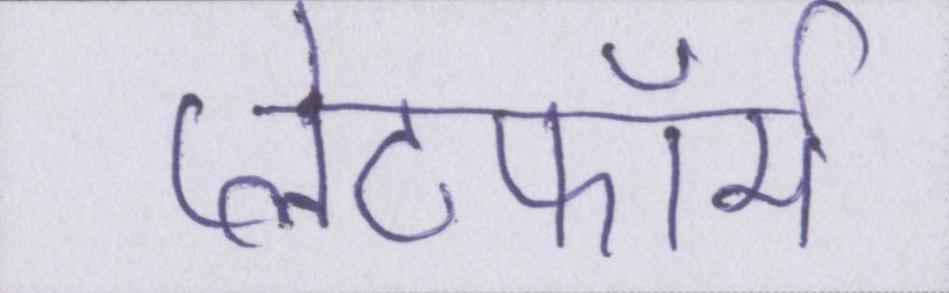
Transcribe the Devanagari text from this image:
प्लेटफॉर्म